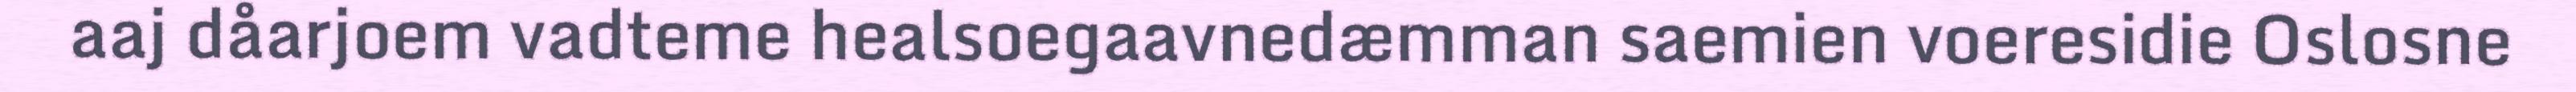
aaj dåarjoem vadteme healsoegaavnedæmman saemien voeresidie Oslosne